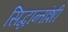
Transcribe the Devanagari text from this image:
सिद्धान्तांशी